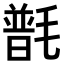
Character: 𣯽